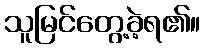
သူမြင်တွေ့ခဲ့ရ၏။